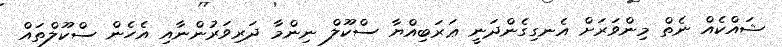
ޝައްކެއް ނެތް މިންވަރަށް އެނގިގެންދަނީ ޢަރަބިއްޔާ ސްކޫލް ނިންމާ ދަރިވަރުންނާއި އެހެން ސްކޫލްތައް